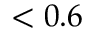
< 0 . 6